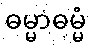
ဓမ္မာဓမ္မံ